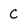
Character: C